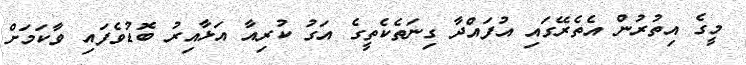
މީގެ އިތުރުން އެތެރޭގައި އުފައްދާ ގިނަތެކެތީގެ އަގު ކުރިއާ އަޅާއިރު ބޮޑުވެފައި ވާކަމަށް